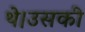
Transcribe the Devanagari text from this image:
थे।उसकी